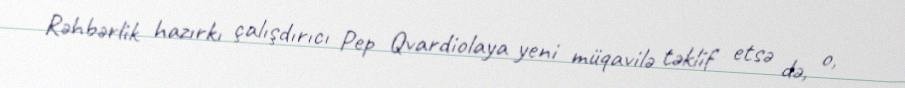
Rəhbərlik hazırkı çalışdırıcı Pep Qvardiolaya yeni müqavilə təklif etsə də, o,